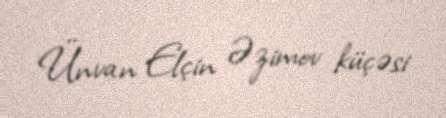
Ünvan Elçin Əzimov küçəsi